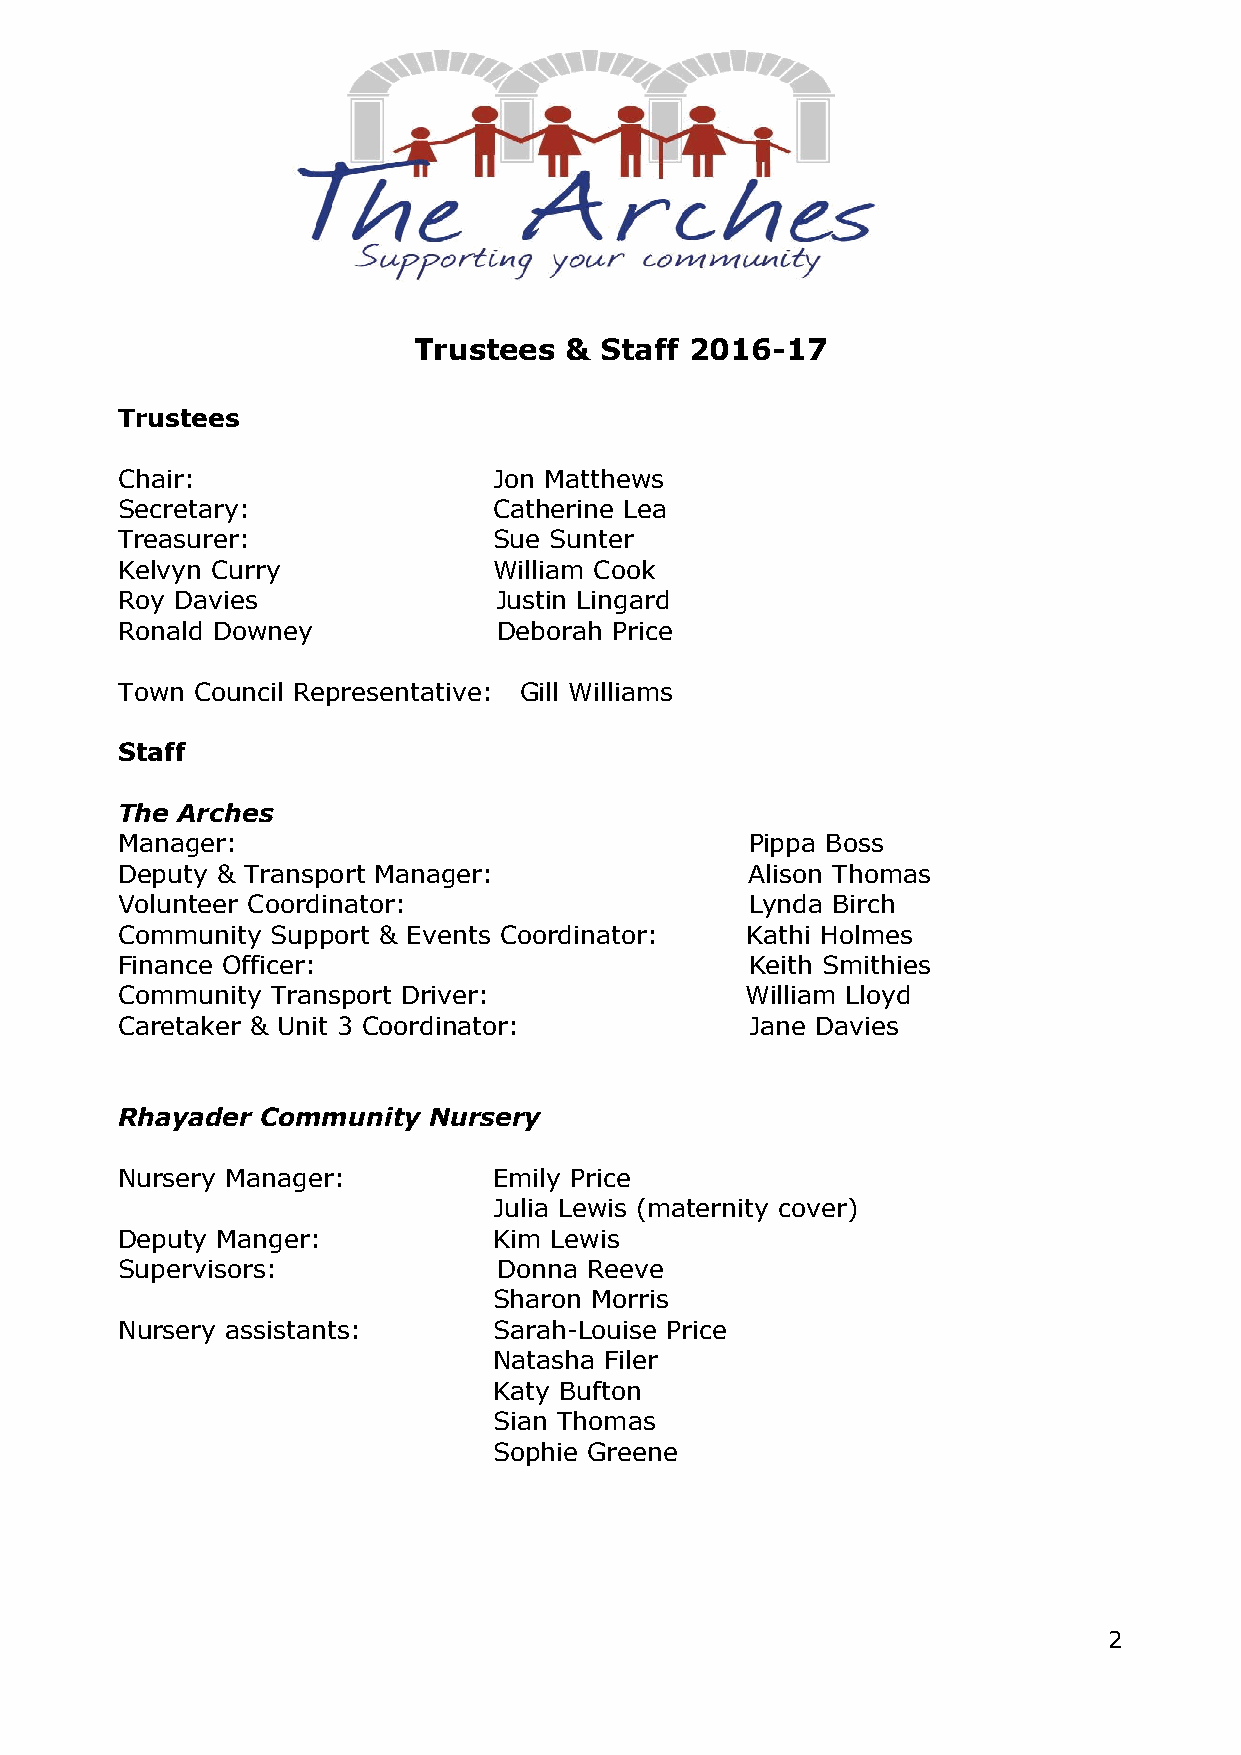
Trustees  &  Staff 2016-17
 Trustees
 Chair:                   Jon Matthews
 Secretary:               Catherine Lea
 Treasurer:               Sue Sunter
 Kelvyn Curry             William Cook
 Roy Davies               Justin Lingard
 Ronald Downey            Deborah Price
 Town Council Representative: Gill Williams
 Staff
 The Arches
 Manager:                                  Pippa Boss
 Deputy & Transport Manager:               Alison Thomas
 Volunteer Coordinator:                    Lynda Birch
 Community Support & Events Coordinator:  Kathi Holmes
 Finance Officer:                          Keith Smithies
 Community Transport Driver:              William Lloyd
 Caretaker & Unit 3 Coordinator:           Jane Davies
 Rhayader Community  Nursery
 Nursery Manager:         Emily Price
 Julia Lewis (maternity cover)
 Deputy Manger:           Kim Lewis
 Supervisors:             Donna Reeve
 Sharon Morris
 Nursery assistants:      Sarah-Louise Price
 Natasha Filer
 Katy Bufton
 Sian Thomas
 Sophie Greene
 2